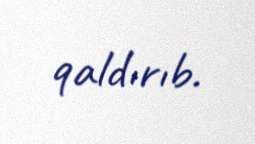
qaldırıb.